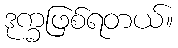
ဒုက္ခဖြစ်ရတယ်။